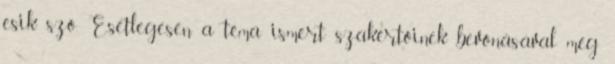
esik szó. Esetlegesen a téma ismert szakértőinek bevonásával még